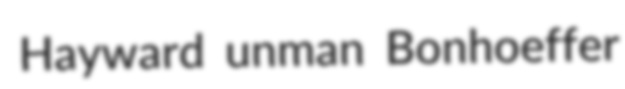
Hayward unman Bonhoeffer